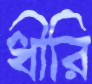
ধীরি